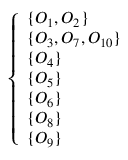
\left\{ \begin{array} { l l } { \{ O _ { 1 } , O _ { 2 } \} } \\ { \{ O _ { 3 } , O _ { 7 } , O _ { 1 0 } \} } \\ { \{ O _ { 4 } \} } \\ { \{ O _ { 5 } \} } \\ { \{ O _ { 6 } \} } \\ { \{ O _ { 8 } \} } \\ { \{ O _ { 9 } \} } \end{array} \right.